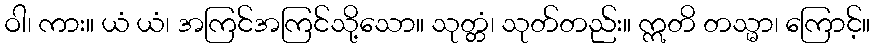
ဝါ၊ ကား။ ယံ ယံ၊ အကြင်အကြင်သို့သော။ သုတ္တံ၊ သုတ်တည်း။ ဣတိ တသ္မာ၊ ကြောင့်။